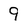
Character: 9